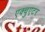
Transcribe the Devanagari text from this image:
एक्चुएटर